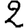
Digit: 2